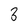
Character: 3